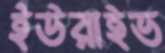
ইউরাইভ